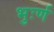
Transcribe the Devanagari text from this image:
भुःर्ण